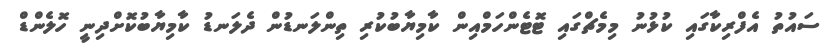
ސައުތު އެފްރިކާގައި ކުޅުނު މިމެޗްގައި ޓޮޓެންހަމްއިން ކާމިޔާބުކުރި ތިންލަނޑުން ދެލަނޑު ކާމިޔާބުކޮށްދިނީ ހޮލެންޑް